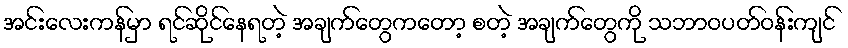
အင်းလေးကန်မှာ ရင်ဆိုင်နေရတဲ့ အချက်တွေကတော့ စတဲ့ အချက်တွေကို သဘာဝပတ်ဝန်းကျင်